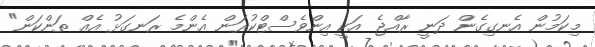
މިކަމުން އެނގިގެން ދަނީ ރާއްޖެ އަކީ އިންވެސްޓްކުރަން އެންމެ ރަނގަޅު އެއް ތަންކަން"